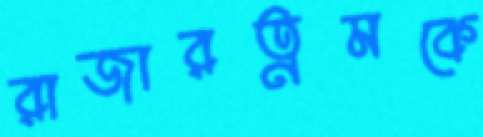
রাজারত্নমকে